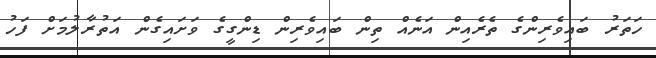
ހަތަރު ބައިވެރިންގެ ތެރެއިން އަނެއް ތިން ބައިވެރިން ޑިންގީގެ ވަށައިގެން އަތުރާލުމަށް ފަހު